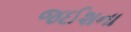
જઈશના